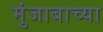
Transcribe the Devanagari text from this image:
मुंजाबाच्या